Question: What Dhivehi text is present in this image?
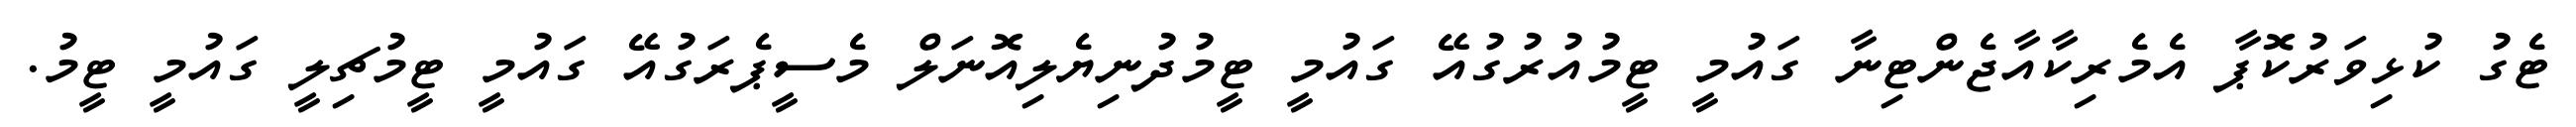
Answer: ޓެގު ކުޅިވަރުކޮޕާ އެމެރިކާއާޖެންޓިނާ ގައުމީ ޓީމުއުރުގުއޭ ގައުމީ ޓީމުދުނިޔެލިއޮނަލް މެސީޕެރަގުއޭ ގައުމީ ޓީމުޗިލީ ގައުމީ ޓީމު.